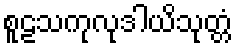
စူဠသကုလုဒါယိသုတ္တံ